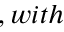
, w i t h